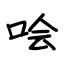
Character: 哙